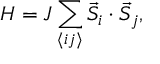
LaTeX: H = J \sum _ { \langle i j \rangle } \vec { S } _ { i } \cdot \vec { S } _ { j } ,